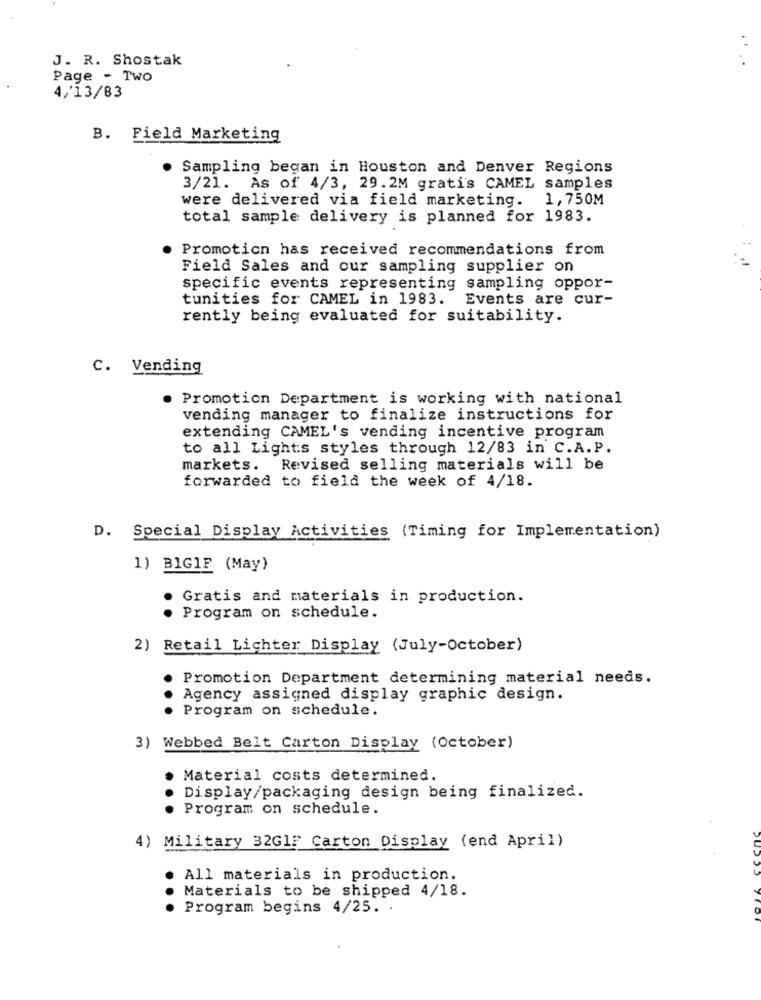
J. R. Shostak
Page - Two
4/13/83
B. Field Marketing
Sampling began in Houston and Denver Regions
3/21. As of 4/3, 29.2M gratis CAMEL samples
were delivered via field marketing. 1,750M
total sample delivery is planned for 1983.
Promotion has received recommendations from
Field Sales and our sampling supplier on
specific events representing sampling oppor-
tunities for CAMEL in 1983. Events are cur-
rently being evaluated for suitability.
C. Vending
. Promotion Department is working with national
vending manager to finalize instructions for
extending CAMEL's vending incentive program
to all Lights styles through 12/83 in C.A.P.
markets. Revised selling materials will be
forwarded to field the week of 4/18.
D. Special Display Activities (Timing for Implementation)
1) BIGIF (May)
Gratis and materials in production.
Program on schedule.
2) Retail Lichter Display (July-October)
Promotion Department determining material needs.
Agency assigned display graphic design.
...
Program on schedule.
3) Webbed Belt Carton Display (October)
Material costs determined.
Display/packaging design being finalized.
...
Program on schedule.
4) Military 32GlF Carton Display (end April)
All materials in production.
Materials to be shipped 4/18.
...
Program begins 4/25. .